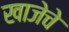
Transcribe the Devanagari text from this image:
खाजेचे